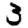
Digit: 3